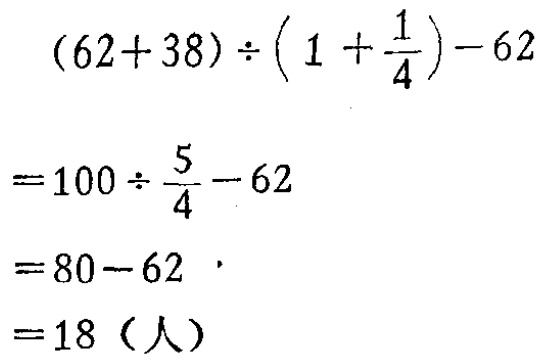
\[

\begin{align*}

&(62 + 38)\div\left(1+\frac{1}{4}\right)-62\\

=&100\div\frac{5}{4}-62\\

=&80 - 62\\

=&18 \text{（人）}

\end{align*}

\]